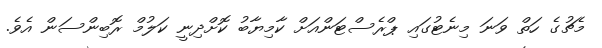
މެޗުގެ ހަތް ވަނަ މިނެޓުގައި ޕްރެސްޓަންއަށް ކާމިޔާބު ކޮށްދިނީ ކަލުމް ރޮބިންސަން އެވެ.